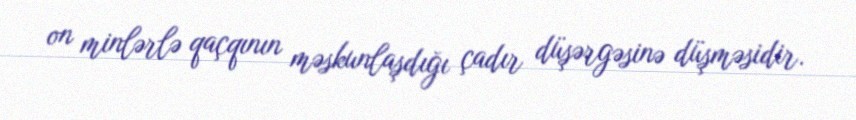
on minlərlə qaçqının məskunlaşdığı çadır düşərgəsinə düşməsidir.